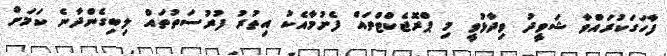
ފާހަގަކުރައްވާ ޝަވީދު ވިދާޅުވީ މި ޕްރޮޖެކްޓްތައް ފެށުމާއެކު އިތުރު ފުރުސަތުތައް ލިބިގެންދާނެ ކަމަށް